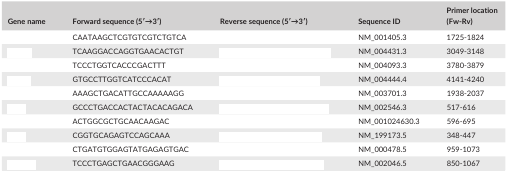
<table><thead><tr><td><b>Gene name</b></td><td><b>Forward sequence (5′→3′)</b></td><td><b>Reverse sequence (5′→3′)</b></td><td><b>Sequence ID</b></td><td><b>Primer location (Fw‐Rv)</b></td></tr></thead><tbody><tr><td>[EMPTY_CELL]</td><td>CAATAAGCTCGTGTCGTCTGTCA</td><td>[EMPTY_CELL]</td><td>NM_001405.3</td><td>1725‐1824</td></tr><tr><td>[EMPTY_CELL]</td><td>TCAAGGACCAGGTGAACACTGT</td><td>[EMPTY_CELL]</td><td>NM_004431.3</td><td>3049‐3148</td></tr><tr><td>[EMPTY_CELL]</td><td>TCCCTGGTCACCCGACTTT</td><td>[EMPTY_CELL]</td><td>NM_004093.3</td><td>3780‐3879</td></tr><tr><td>[EMPTY_CELL]</td><td>GTGCCTTGGTCATCCCACAT</td><td>[EMPTY_CELL]</td><td>NM_004444.4</td><td>4141‐4240</td></tr><tr><td>[EMPTY_CELL]</td><td>AAAGCTGACATTGCCAAAAAGG</td><td>[EMPTY_CELL]</td><td>NM_003701.3</td><td>1938‐2037</td></tr><tr><td>[EMPTY_CELL]</td><td>GCCCTGACCACTACTACACAGACA</td><td>[EMPTY_CELL]</td><td>NM_002546.3</td><td>517‐616</td></tr><tr><td>[EMPTY_CELL]</td><td>ACTGGCGCTGCAACAAGAC</td><td>[EMPTY_CELL]</td><td>NM_001024630.3</td><td>596‐695</td></tr><tr><td>[EMPTY_CELL]</td><td>CGGTGCAGAGTCCAGCAAA</td><td>[EMPTY_CELL]</td><td>NM_199173.5</td><td>348‐447</td></tr><tr><td>[EMPTY_CELL]</td><td>CTGATGTGGAGTATGAGAGTGAC</td><td>[EMPTY_CELL]</td><td>NM_000478.5</td><td>959‐1073</td></tr><tr><td>[EMPTY_CELL]</td><td>TCCCTGAGCTGAACGGGAAG</td><td>[EMPTY_CELL]</td><td>NM_002046.5</td><td>850‐1067</td></tr></tbody></table>